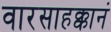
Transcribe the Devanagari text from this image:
वारसाहक्कानं